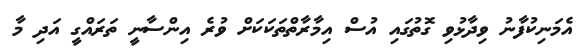
އެމަނިކުފާނު ވިދާޅުވި ގޮތުގައި އުސް އިމާރާތްތަކަކަށް ވުރެ އިންސާނީ ތަރައްގީ އަދި މާ